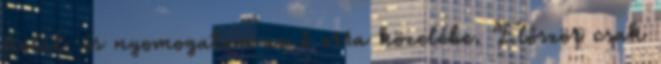
fiolát, és nyomogatom az ő orra közelébe. Először csak